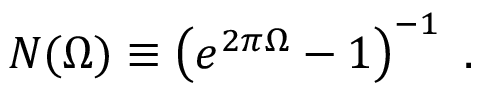
N ( \Omega ) \equiv \left( e ^ { 2 \pi \Omega } - 1 \right) ^ { - 1 } \ .